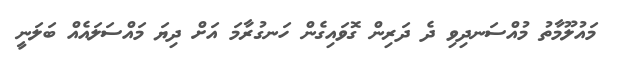
މައުލޫމާތު މުއްސަނދިވި ދެ ދަރިން ގޮވައިގެން ހަނގުރާމަ އަށް ދިޔަ މައްސަލައެއް ބަލަނީ